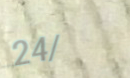
24/7